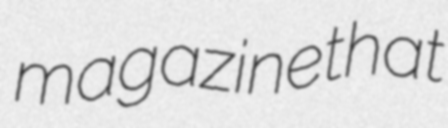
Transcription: magazine that